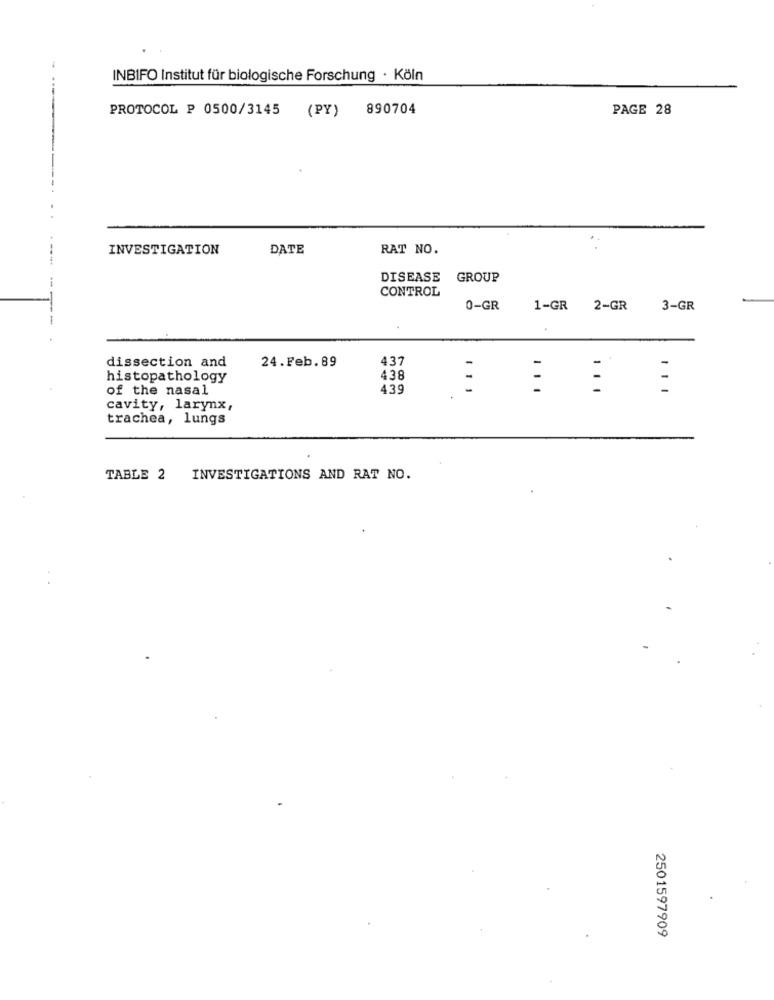
INBIFO Institut für biologische Forschung · Köln
PROTOCOL P 0500/3145 (PY)
890704
PAGE 28
INVESTIGATION
DATE
RAT NO.
DISEASE GROUP
CONTROL
0-GR 1-GR 2-GR 3-GR
24.Feb. 89
437
dissection and
histopathology
438
of the nasal
439
:
...
-
cavity, larynx,
trachea, lungs
TABLE 2 INVESTIGATIONS AND RAT NO.
2501597909